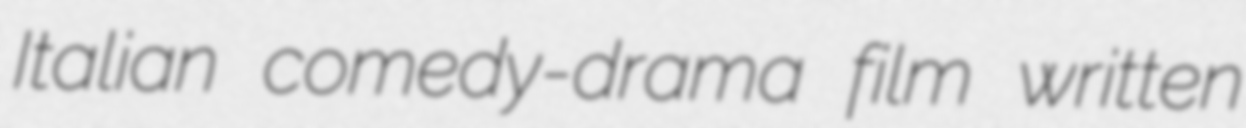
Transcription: Italian comedy-drama film written